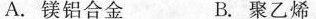
A.镁铝合金 B.聚乙烯